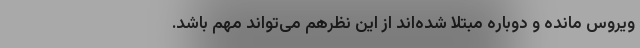
ویروس مانده و دوباره مبتلا شده‌اند از این نظرهم می‌تواند مهم باشد.